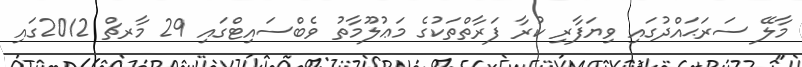
މާލޭ ސަރަޙައްދުގައި ވިޔަފާރި ކުރާ ފަރާތްތަކުގެ މަޢުލޫމާތު ވެބްސައިޓްގައި 29 މާރޗް 2012ގައި